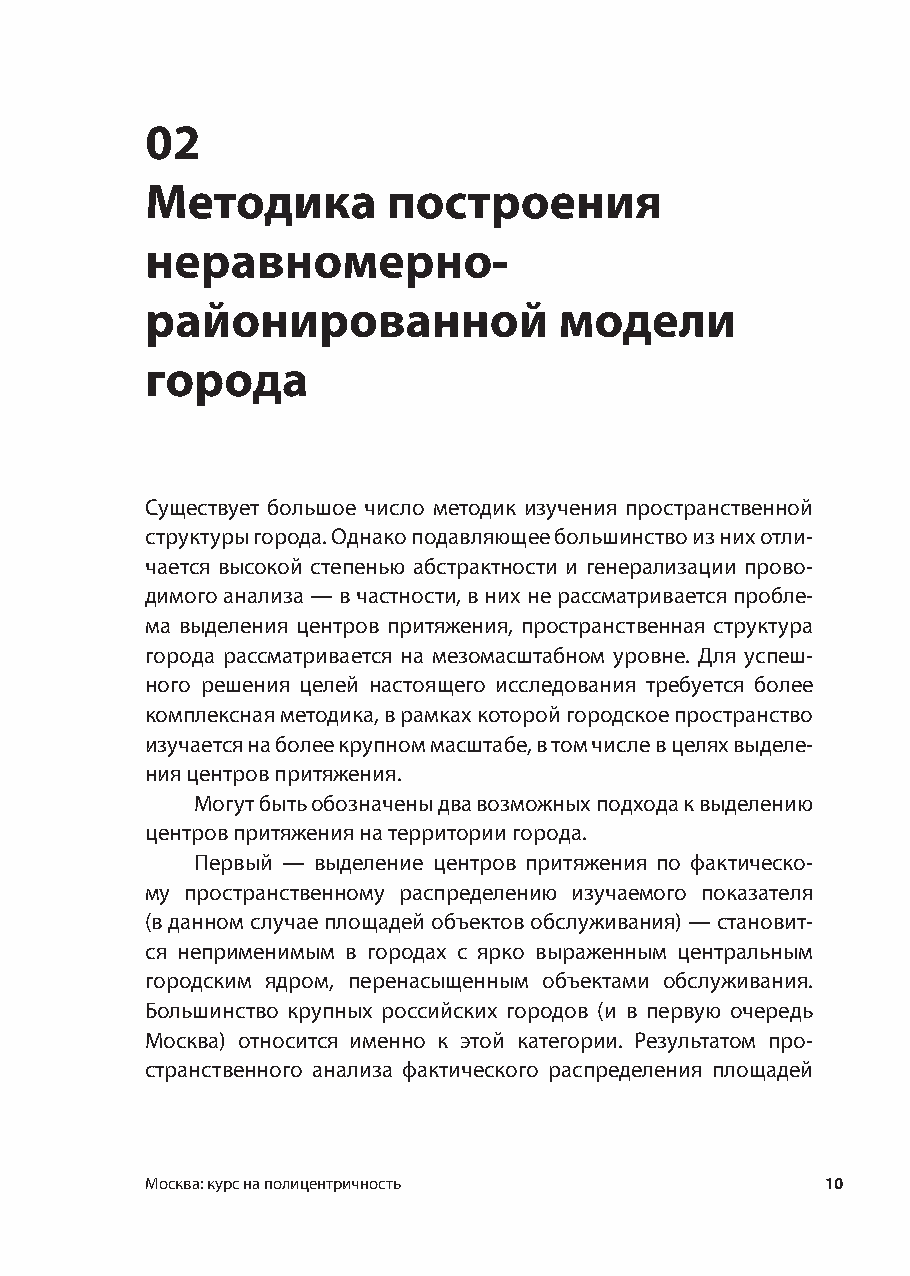
02
 Методика        построения
 неравномерно-
 районированной             модели
 города
 Существует большое число методик изучения пространственной
 структуры города. Однако подавляющее большинство из них отли-
 чается высокой степенью абстрактности и генерализации прово-
 димого анализа — в частности, в них не рассматривается пробле-
 ма выделения центров притяжения, пространственная структура
 города рассматривается на мезомасштабном уровне. Для успеш-
 ного решения целей настоящего исследования требуется более
 комплексная методика, в рамках которой городское пространство
 изучается на более крупном масштабе, в том числе в целях выделе-
 ния центров притяжения.
 Могут быть обозначены два возможных подхода к выделению
 центров притяжения на территории города.
 Первый — выделение центров притяжения по фактическо-
 му пространственному распределению изучаемого показателя
 (в данном случае площадей объектов обслуживания) — становит-
 ся неприменимым в городах с ярко выраженным центральным
 городским ядром, перенасыщенным объектами обслуживания.
 Большинство крупных российских городов (и в первую очередь
 Москва) относится именно к этой категории. Результатом про-
 странственного анализа фактического распределения площадей
 Москва: курс на полицентричность             10